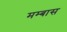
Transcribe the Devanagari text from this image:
मम्बास